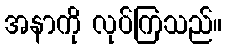
အနာကို လုပ်ကြသည်။